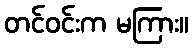
တင်ဝင်းက မကြား။